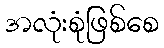
အလုံးစုံဖြစ်စေ